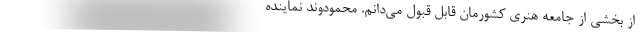
از بخشی از جامعه هنری کشورمان قابل قبول می‌دانم. محمودوند نماینده